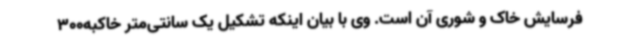
فرسایش خاک و شوری آن است. وی با بیان اینکه تشکیل یک سانتی‌متر خاکبه300